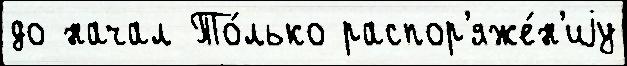
до начал То́лько распор'яже́н'иjу